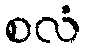
စလံ